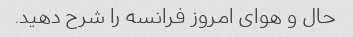
حال و هوای امروز فرانسه را شرح دهید.